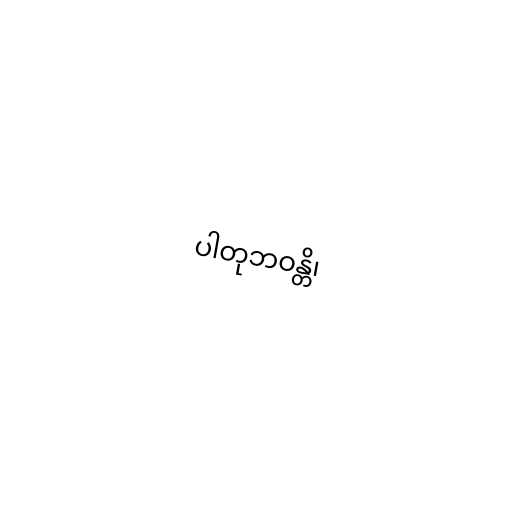
ပါတုဘဝန္တိ၊